Annual report of the Punjab Veterinary College and of the Civil Veterinary Department, Punjab - 1920-1925
Year: 1920
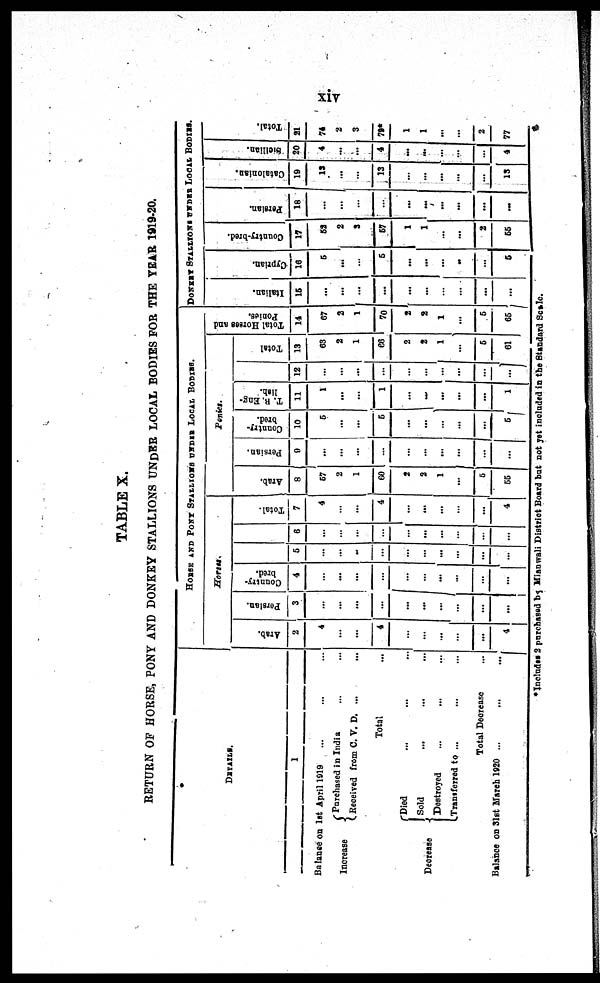
xiv
TABLE X.
RETURN O F HORSE, PONY A N D DONKEY STALLIONS UNDER LOCAL BODIES F O R T H E YEAR 1919-20.
DETAI LS.
1
Bal ance o n
1st Apri l 1 0 1 9 ... ... ...
Increase Purchased i n Indi a ... ...
Recei ved f rom C . V . D . ... ...
Total ...
Decrease
Di ed ... ... ...
Sol d . . . . . . . . . .
Dest royed ... ... ...
Trant serred t o ...
Total Decrease ...
Bal ance o n 31st Mar c h 1 9 2 0 ... ... ...
HORSE AND POKY STALLIONS UNDER LOCAL BONIAS.
Horsus.
Arab.
2
4
...
...
4
...
...
...
...
...
4
Persian.
3
...
...
...
...
...
...
...
...
...
...
Country-
bred.
4
...
...
...
...
... ...
...
...
...
...
6
...
...
...
...
...
...
...
...
...
...
6
...
...
...
...
...
...
...
...
...
...
Total.
7
4
...
...
4
...
...
...
...
...
4
Ponies
Arab.
8
67
2
1
60
2
2
1
...
6
55
Persian.
9
...
...
...
...
...
...
...
...
...
...
Country-
bred.
10
5
...
...
6
...
...
...
...
...
5
T. B. Eng-
lish.
11
1
...
...
1
...
...
...
...
...
1
12
...
...
...
...
...
...
...
...
...
...
Total
13
63
2
1
66
2
2
1
...
6
61
DONKEY STALLI ONS LOCAL BODI ES.
Total Horses and
Ponies.
14
67
2
1
70
2
2
1
...
6
65
Italian.
15
...
...
...
...
...
...
...
...
...
...
Cy pr ia
n.
16
6
...
...
6
...
...
...
...
...
6
Co untr y -br e d.
17
52
2
3
57
1
1
...
...
2
66
Pe r s ian.
18
...
...
...
...
...
...
...
...
...
...
Ca t
a lo
nt a n.
19
13
...
...
13
...
...
...
...
...
13
Si cl l
i
an.
20
4
...
...
4
...
...
...
...
4
Tot al .
21
74
2
3
79*
1
1
...
...
2
77
*Incl udes 2 purchased by Mi anwal i Di stri ct Board b u t n o t y e t i ncl uded i n t h e St andard Scale.